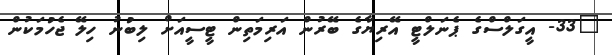
"33- އީގަލްސްގެ ޕެނަލްޓީ އޭރިޔާގެ ބޭރުން އަރިމަތިން ޓީސީއަށް ލިބުނު ހިލޭ ޖެހުމަކުން